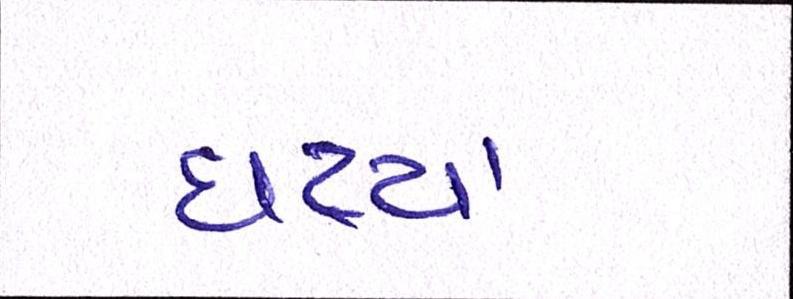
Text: ઘટ્યા